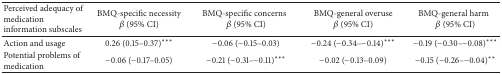
<table><thead><tr><td><b>Perceived adequacy of medication information subscales</b></td><td><b>BMQ-specific necessity<i>β</i> (95% CI)</b></td><td><b>BMQ-specific concerns<i>β</i> (95% CI)</b></td><td><b>BMQ-general overuse <i>β</i> (95% CI)</b></td><td><b>BMQ-general harm<i>β</i> (95% CI)</b></td></tr></thead><tbody><tr><td>Action and usage</td><td>0.26 (0.15–0.37)***</td><td>−0.06 (−0.15–0.03) </td><td>−0.24 (−0.34–−0.14)***</td><td>−0.19 (−0.30–−0.08)***</td></tr><tr><td>Potential problems of medication</td><td>−0.06 (−0.17–0.05)</td><td>−0.21 (−0.31–−0.11)***</td><td>−0.02 (−0.13–0.09) </td><td>−0.15 (−0.26–−0.04)**</td></tr></tbody></table>